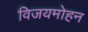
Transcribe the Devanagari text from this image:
विजयमोहन